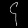
Digit: ၄